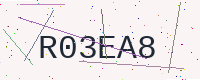
Text: R03EA8